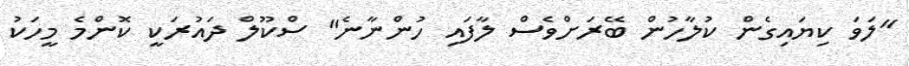
"ލަވަ ކިޔައިގެން ކުލާހުން ބޭރަށްވެސް ލާފައި ހުންނާނެ" ސްކޫލް ދައުރަކީ ކޮންމެ މީހަކު